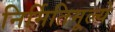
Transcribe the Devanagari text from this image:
निर्मितिमूल्ये